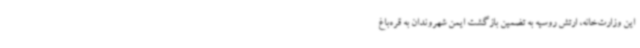
این وزارت‌خانه، ارتش روسیه به تضمین بازگشت ایمن شهروندان به قره‌باغ